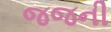
જજની